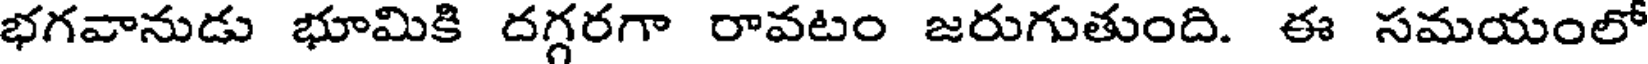
భగవానుడు భూమికి దగ్గరగా రావటం జరుగుతుంది. ఈ సమయంలో